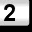
Digit: 2